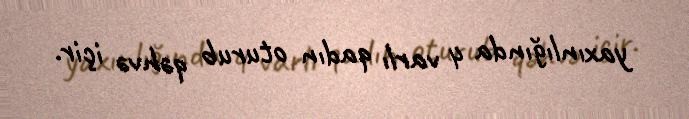
yaxınlığında 4 varlı qadın oturub qəhvə içir.